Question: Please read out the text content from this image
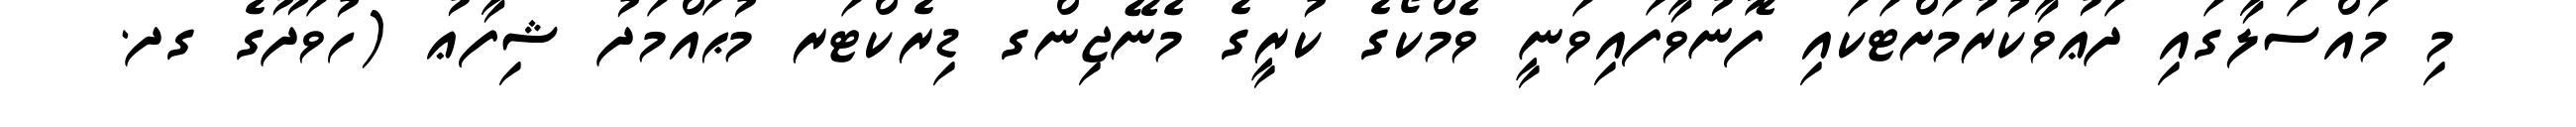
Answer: މި މައްސަލާގައި ދަޢުވާކުރުމަށްޓަކައި ފޮނުވާފައިވަނީ ވެމްކޯގެ ކުރީގެ މެނޭޖިންގ ޑިރެކްޓަރ މުޙައްމަދު ޝިފާޢު (ހުވަދޫގެ ގދ.